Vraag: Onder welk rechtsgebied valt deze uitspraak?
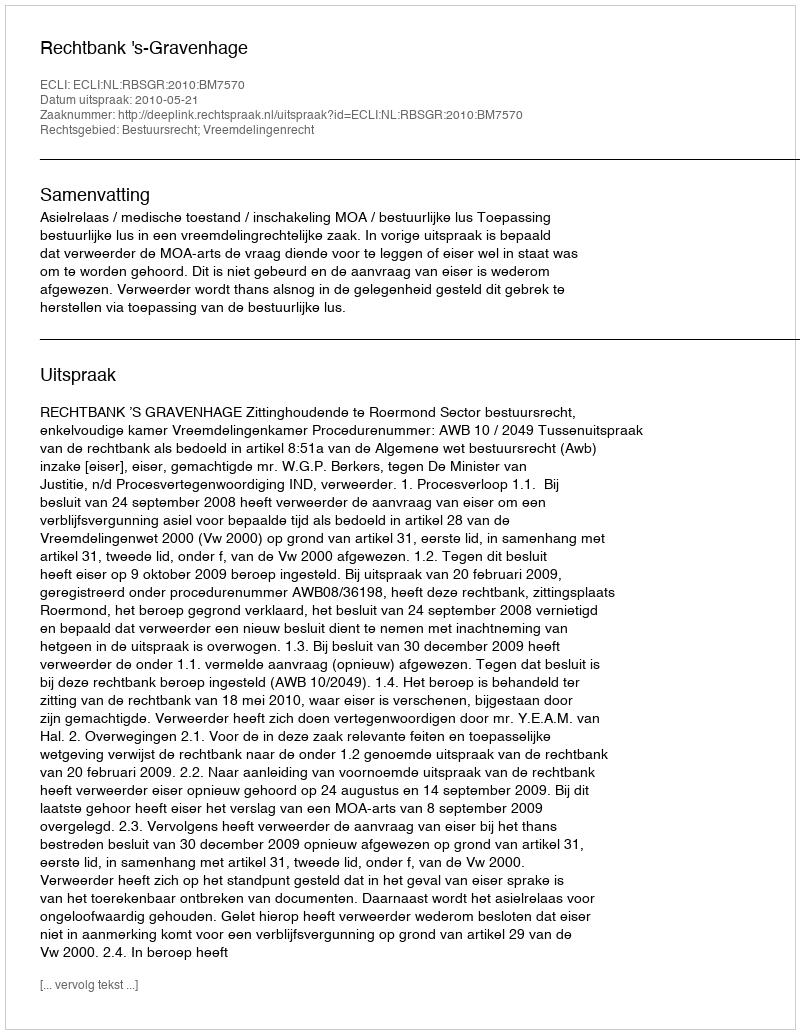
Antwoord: Bestuursrecht; Vreemdelingenrecht